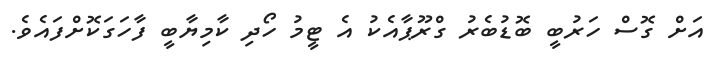
އަށް ގޮސް ހަރުބީ ބޮޑުބެރު ގްރޫޕާއެކު އެ ޓީމު ހޯދި ކާމިޔާބީ ފާހަގަކޮށްފައެވެ.